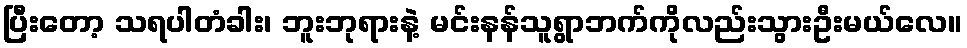
ပြီးတော့ သရပါတံခါး၊ ဘူးဘုရားနဲ့ မင်းနန်သူရွာဘက်ကိုလည်းသွားဦးမယ်လေ။